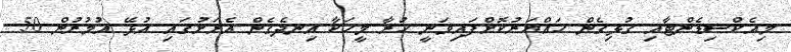
މިއެކްސިޑެންޓާއި ގުޅިގެން ހައްޔަރުކޮށްފައިވަނީ ހުރާ މީހަކާ އިނދެގެން އެރަށުގައި އުޅޭ އުމުރުން 50